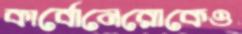
কার্বোনেরোকেও